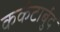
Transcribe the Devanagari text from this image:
कर्कटार्बुद